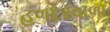
હળદરવાળા